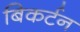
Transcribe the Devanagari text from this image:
बिकर्टन